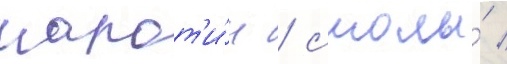
карот'и́н / смолы́ /